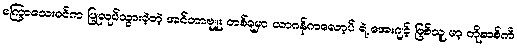
မကြာသေးခင်က ပြုလုပ်သွားခဲ့တဲ့ အင်တာဗျူး တစ်ခုမှာ ယာဂန်ကလော့ပ် ရဲ့ အေးဂျင့် ဖြစ်သူ မာ့ ကိုဆစ်ကီ